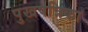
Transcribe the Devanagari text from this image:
पुखपत्रिका